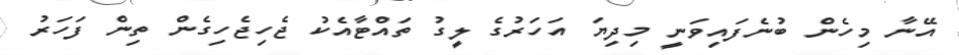
އޭނާ މިހެން ބުނެފައިވަނީ މިދިޔަ އަހަރުގެ ލީގު ތައްޓާއެކު ޖެހިޖެހިގެން ތިން ފަހަރު